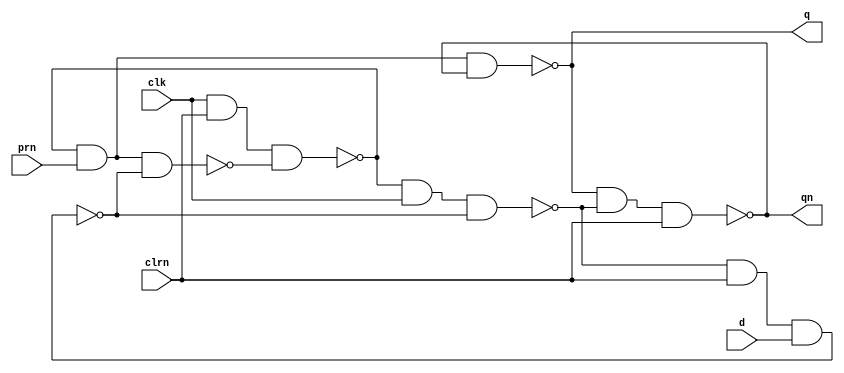
//////////////////////////////////////////////////////////////////////////////////
// Module Name: DFF (Industry Version)
// Description: 
// Revision:
// 09.05.2020 -> Revision 0.01 - Created
//////////////////////////////////////////////////////////////////////////////////

`timescale 1ns / 1ps

module d_flip_flop_v2( 
    input prn,  // Preset
    input clk,  // Clock
    input d,    // Data
    input clrn, // Clear (Active-Low)
    output q,   // Outputs
    output qn
    );
    
wire wire_0, wire_1, wire_2, wire_3;

assign wire_0 = ~(wire_1 & prn  & wire_2);
assign wire_1 = ~(clk    & clrn & wire_0);
assign wire_2 = ~(wire_3 & clrn & d);
assign wire_3 = ~(wire_1 & clk  & wire_2);

assign q    = ~(prn & wire_1 & qn);
assign qn   = ~(q   & wire_3 & clrn);
   
endmodule